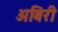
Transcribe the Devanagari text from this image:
अबिरी